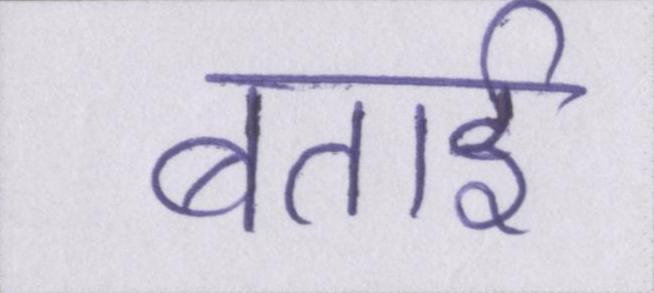
बताई